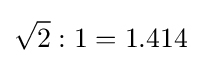
{\sqrt {2}}:1=1.414